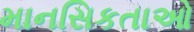
માનસિકતાઓ